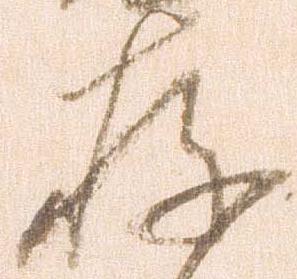
存